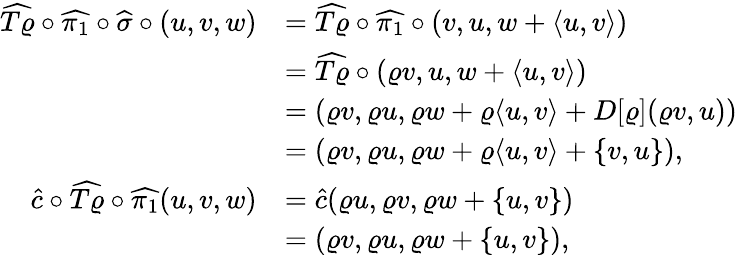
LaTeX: \begin{array}{rl}{\widehat{T\varrho}\circ\widehat{\pi_{1}}\circ\widehat{\sigma}\circ(u,v,w)}&{=\widehat{T\varrho}\circ\widehat{\pi_{1}}\circ(v,u,w+\langle u,v\rangle)}\\ &{=\widehat{T\varrho}\circ(\varrho v,u,w+\langle u,v\rangle)}\\ &{=(\varrho v,\varrho u,\varrho w+\varrho\langle u,v\rangle+D[\varrho](\varrho v,u))}\\ &{=(\varrho v,\varrho u,\varrho w+\varrho\langle u,v\rangle+\{ v,u\} ),}\\ {\widehat{c}\circ\widehat{T\varrho}\circ\widehat{\pi_{1}}(u,v,w)}&{=\widehat{c}(\varrho u,\varrho v,\varrho w+\{ u,v\} )}\\ &{=(\varrho v,\varrho u,\varrho w+\{ u,v\} ),}\end{array}